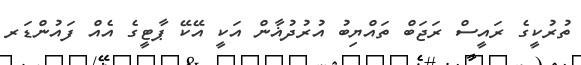
ތުރުކީގެ ރައީސް ރަޖަބް ތައްޔިބު އުރުދުޣާން އަކީ އޭކޭ ޕާޓީގެ އެއް ފައުންޑަރ